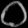
Digit: ၀